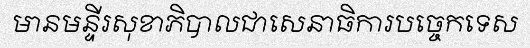
មានមន្ទីរសុខាភិបាលជាសេនាធិការបច្ចេកទេស